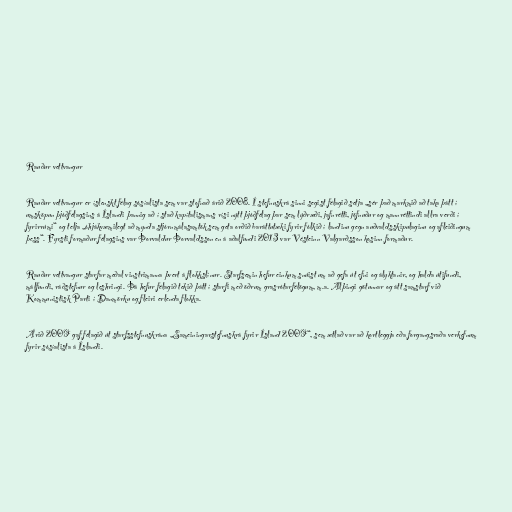
Rauður vettvangur

Rauður vettvangur er íslenskt félag sósíalista sem var stofnað árið 2008. Í stefnuskrá sinni segist félagið setja „sér það markmið að taka þátt í
umsköpun þjóðfélagsins á Íslandi þannig að í stað kapítalismans rísi nýtt þjóðfélag þar sem lýðræði, jafnrétti, jöfnuður og mannréttindi allra verði í
fyrirrúmi“ og telja „óhjákvæmilegt að mynda stjórnmálasamtök sem geta orðið baráttutæki fyrir fólkið í landinu gegn auðvaldsskipulaginu og afleiðingum
þess“. Fyrsti formaður félagsins var Þorvaldur Þorvaldsson en á aðalfundi 2013 var Vésteinn Valgarðsson kosinn formaður.

Rauður vettvangur starfar meðal vinstrimanna þvert á flokkslínur. Starfsemin hefur einkum snúist um að gefa út efni og ályktanir, og halda útifundi,
málfundi, ráðstefnur og leshringi. Þá hefur félagið tekið þátt í starfi með öðrum grasrótarfélögum, m.a. Alþingi götunnar og átt samstarf við
Kommunistisk Parti í Danmörku og fleiri erlenda flokka.

Árið 2009 gaf félagið út starfsstefnuskrána „Sameiningarstefnuskrá fyrir Ísland 2009“, sem ætlað var að kortleggja eða forgangsraða verkefnum
fyrir sósíalista á Íslandi.